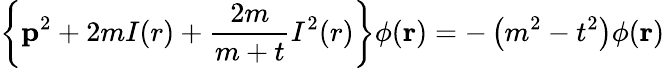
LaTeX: \left\{ {\mathbf p}^{2}+2mI(r)+\frac{2m}{m+t}I^{2}(r)\right\} \phi({\mathbf r})=-\left(m^{2}-t^{2}\right)\phi({\mathbf r})